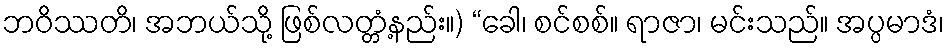
ဘဝိဿတိ၊ အဘယ်သို့ ဖြစ်လတ္တံ့နည်း။) “ခေါ၊ စင်စစ်။ ရာဇာ၊ မင်းသည်။ အပ္ပမာဒံ၊